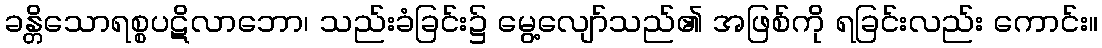
ခန္တိသောရစ္စပဋိလာဘော၊ သည်းခံခြင်း၌ မွေ့လျော်သည်၏ အဖြစ်ကို ရခြင်းလည်း ကောင်း။